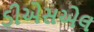
ડીએસએલ